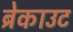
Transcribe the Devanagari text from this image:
ब्रेकाउट